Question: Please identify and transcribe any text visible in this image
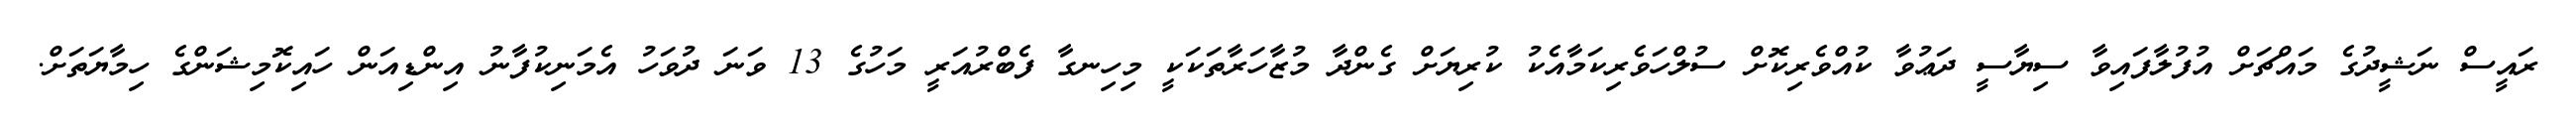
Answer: ރައީސް ނަޝީދުގެ މައްޗަށް އުފުލާފައިވާ ސިޔާސީ ދަޢުވާ ކުއްވެރިކޮށް ސުލްހަވެރިކަމާއެކު ކުރިޔަށް ގެންދާ މުޒާހަރާތަކަކީ މިހިނގާ ފެބްރުއަރީ މަހުގެ 13 ވަނަ ދުވަހު އެމަނިކުފާނު އިންޑިއަން ހައިކޮމިޝަންގެ ހިމާޔަތަށް.